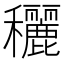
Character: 穲